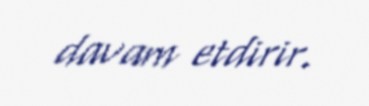
davam etdirir.